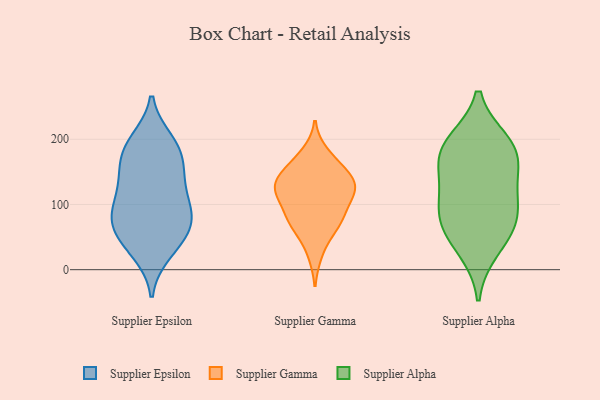
{"axis": {"x": "Revenue (USD Million)", "y": "Value"}, "legend": ["Supplier Alpha", "Supplier Epsilon", "Supplier Gamma"], "data": [{"x": "", "y": 176, "type": "Supplier Epsilon"}, {"x": "", "y": 102, "type": "Supplier Epsilon"}, {"x": "", "y": 91, "type": "Supplier Epsilon"}, {"x": "", "y": 70, "type": "Supplier Epsilon"}, {"x": "", "y": 39, "type": "Supplier Epsilon"}, {"x": "", "y": 75, "type": "Supplier Epsilon"}, {"x": "", "y": 139, "type": "Supplier Epsilon"}, {"x": "", "y": 71, "type": "Supplier Epsilon"}, {"x": "", "y": 27, "type": "Supplier Epsilon"}, {"x": "", "y": 191, "type": "Supplier Epsilon"}, {"x": "", "y": 47, "type": "Supplier Epsilon"}, {"x": "", "y": 183, "type": "Supplier Epsilon"}, {"x": "", "y": 139, "type": "Supplier Epsilon"}, {"x": "", "y": 93, "type": "Supplier Epsilon"}, {"x": "", "y": 197, "type": "Supplier Epsilon"}, {"x": "", "y": 145, "type": "Supplier Epsilon"}, {"x": "", "y": 109, "type": "Supplier Gamma"}, {"x": "", "y": 25, "type": "Supplier Gamma"}, {"x": "", "y": 133, "type": "Supplier Gamma"}, {"x": "", "y": 137, "type": "Supplier Gamma"}, {"x": "", "y": 133, "type": "Supplier Gamma"}, {"x": "", "y": 125, "type": "Supplier Gamma"}, {"x": "", "y": 65, "type": "Supplier Gamma"}, {"x": "", "y": 178, "type": "Supplier Gamma"}, {"x": "", "y": 159, "type": "Supplier Gamma"}, {"x": "", "y": 119, "type": "Supplier Gamma"}, {"x": "", "y": 69, "type": "Supplier Gamma"}, {"x": "", "y": 72, "type": "Supplier Gamma"}, {"x": "", "y": 98, "type": "Supplier Gamma"}, {"x": "", "y": 81, "type": "Supplier Gamma"}, {"x": "", "y": 128, "type": "Supplier Gamma"}, {"x": "", "y": 161, "type": "Supplier Gamma"}, {"x": "", "y": 105, "type": "Supplier Alpha"}, {"x": "", "y": 176, "type": "Supplier Alpha"}, {"x": "", "y": 195, "type": "Supplier Alpha"}, {"x": "", "y": 93, "type": "Supplier Alpha"}, {"x": "", "y": 66, "type": "Supplier Alpha"}, {"x": "", "y": 133, "type": "Supplier Alpha"}, {"x": "", "y": 31, "type": "Supplier Alpha"}, {"x": "", "y": 166, "type": "Supplier Alpha"}, {"x": "", "y": 66, "type": "Supplier Alpha"}, {"x": "", "y": 191, "type": "Supplier Alpha"}]}